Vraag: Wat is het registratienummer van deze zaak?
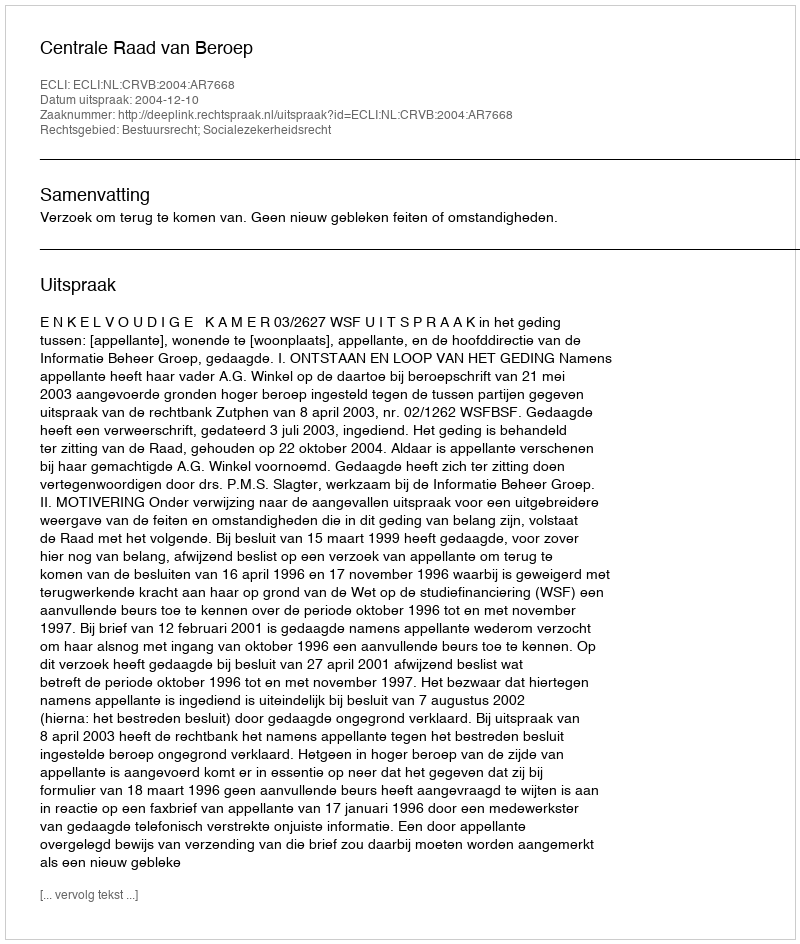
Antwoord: http://deeplink.rechtspraak.nl/uitspraak?id=ECLI:NL:CRVB:2004:AR7668